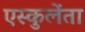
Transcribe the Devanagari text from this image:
एस्कुलेंता